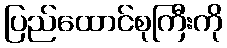
ပြည်ထောင်စုကြီးကို